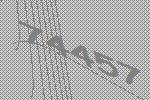
74457